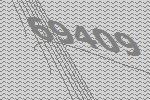
69409